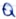
Text: Q